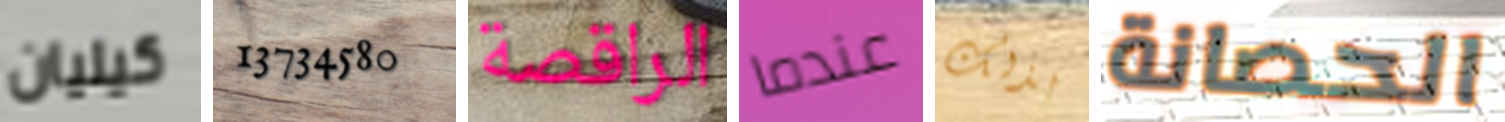
كيليان 13734580 الراقصة عندما بذلك الحصانة